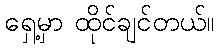
ရှေ့မှာ ထိုင်ချင်တယ်။